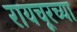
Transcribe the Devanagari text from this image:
रायचूरच्या